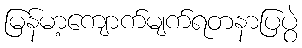
မြန်မာ့ကျောက်မျက်ရတနာပြပွဲ